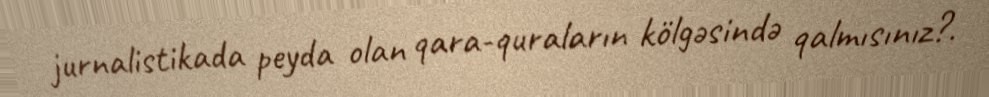
jurnalistikada peyda olan qara-quraların kölgəsində qalmısınız?.